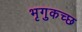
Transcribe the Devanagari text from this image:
भृगुकच्छ